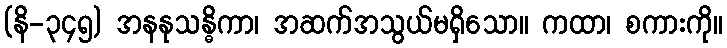
(နိ-၃၄၅) အနနုသန္ဓိကာ၊ အဆက်အသွယ်မရှိသော။ ကထာ၊ စကားကို။